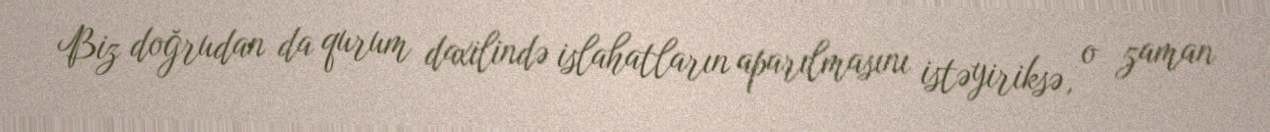
Biz doğrudan da qurum daxilində islahatların aparılmasını istəyiriksə, o zaman